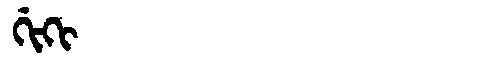
Manchu: ᡤᡳᡴᡳ
Romanization: GIKI